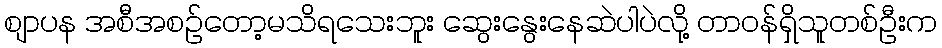
စျာပန အစီအစဥ်တော့မသိရသေးဘူး ဆွေးနွေးနေဆဲပါပဲလို့ တာဝန်ရှိသူတစ်ဦးက